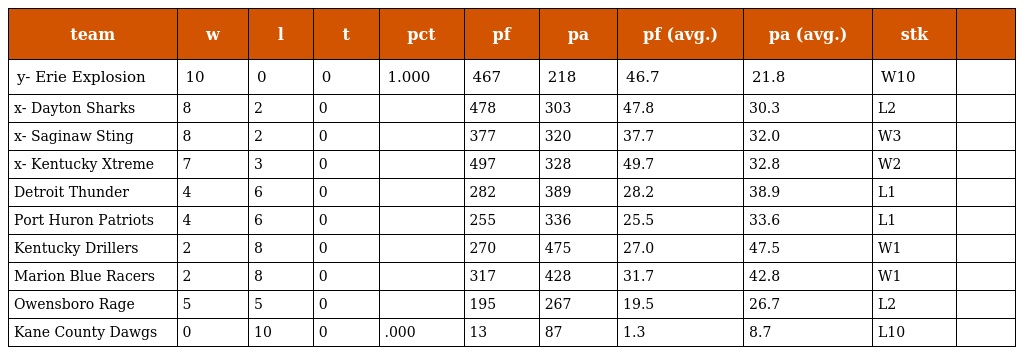
| team | w | l | t | pct | pf | pa | pf (avg.) | pa (avg.) | stk |  |
 | --- | --- | --- | --- | --- | --- | --- | --- | --- | --- | --- |
 | y- Erie Explosion | 10 | 0 | 0 | 1.000 | 467 | 218 | 46.7 | 21.8 | W10 |  |
 | x- Dayton Sharks | 8 | 2 | 0 |  | 478 | 303 | 47.8 | 30.3 | L2 |  |
 | x- Saginaw Sting | 8 | 2 | 0 |  | 377 | 320 | 37.7 | 32.0 | W3 |  |
 | x- Kentucky Xtreme | 7 | 3 | 0 |  | 497 | 328 | 49.7 | 32.8 | W2 |  |
 | Detroit Thunder | 4 | 6 | 0 |  | 282 | 389 | 28.2 | 38.9 | L1 |  |
 | Port Huron Patriots | 4 | 6 | 0 |  | 255 | 336 | 25.5 | 33.6 | L1 |  |
 | Kentucky Drillers | 2 | 8 | 0 |  | 270 | 475 | 27.0 | 47.5 | W1 |  |
 | Marion Blue Racers | 2 | 8 | 0 |  | 317 | 428 | 31.7 | 42.8 | W1 |  |
 | Owensboro Rage | 5 | 5 | 0 |  | 195 | 267 | 19.5 | 26.7 | L2 |  |
 | Kane County Dawgs | 0 | 10 | 0 | .000 | 13 | 87 | 1.3 | 8.7 | L10 |  |